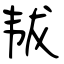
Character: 韨